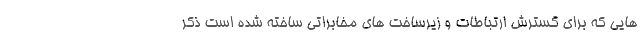
هایی که برای گسترش ارتباطات و زیرساخت های مخابراتی ساخته شده است ذکر